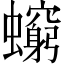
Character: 𧔚